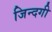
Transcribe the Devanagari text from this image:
जिन्‍दगी